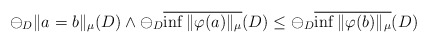
\begin{align*}\ominus_D \|a=b\|_{\mu}(D) \wedge \ominus_D \overline{\inf \|\varphi(a)\|_{\mu}}(D) \leq \ominus_D \overline{\inf \|\varphi(b)\|_{\mu}}(D)\end{align*}